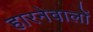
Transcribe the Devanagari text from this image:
हारनेवालों